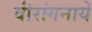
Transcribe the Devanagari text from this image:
वीरांगनायें